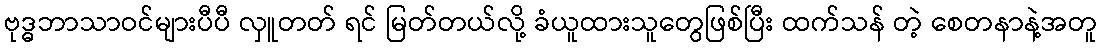
ဗုဒ္ဓဘာသာဝင်များပီပီ လှူတတ် ရင် မြတ်တယ်လို့ ခံယူထားသူတွေဖြစ်ပြီး ထက်သန် တဲ့ စေတနာနဲ့အတူ